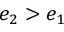
e _ { 2 } > e _ { 1 }